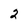
Character: 2